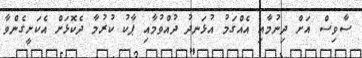
ސާވިސް އަށް ދިނުމާއި އެއްގަމު އުޅަނދު ދުއްވުމާއި ޕާކު ކުރުމާ ދެކޮޅަށް އެކަށީގެންވާ